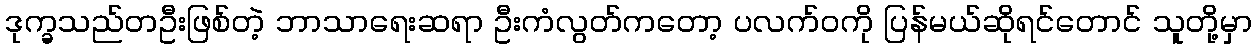
ဒုက္ခသည်တဦးဖြစ်တဲ့ ဘာသာရေးဆရာ ဦးကံလွတ်ကတော့ ပလက်ဝကို ပြန်မယ်ဆိုရင်တောင် သူတို့မှာ